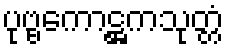
ပုဗ္ဗကောဋ္ဌကသုတ္တံ